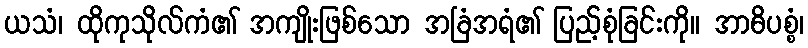
ယသံ၊ ထိုကုသိုလ်ကံ၏ အကျိုးဖြစ်သော အခြံအရံ၏ ပြည့်စုံခြင်းကို။ အာဓိပစ္စံ၊